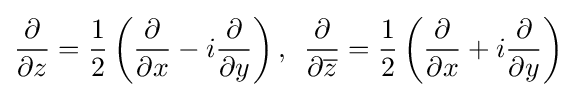
{\partial  \over \partial z}={1 \over 2}\left({\partial  \over \partial x}-i{\partial  \over \partial y}\right),\,\,\,{\partial  \over \partial {\overline {z}}}={1 \over 2}\left({\partial  \over \partial x}+i{\partial  \over \partial y}\right)